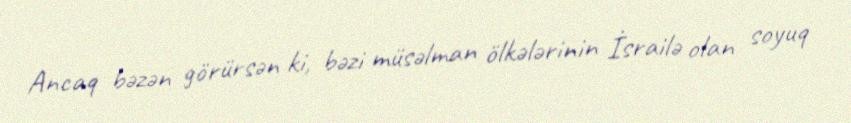
Ancaq bəzən görürsən ki, bəzi müsəlman ölkələrinin İsrailə olan soyuq